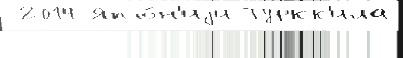
 2014 Япо́н'иjи Туркк'ила